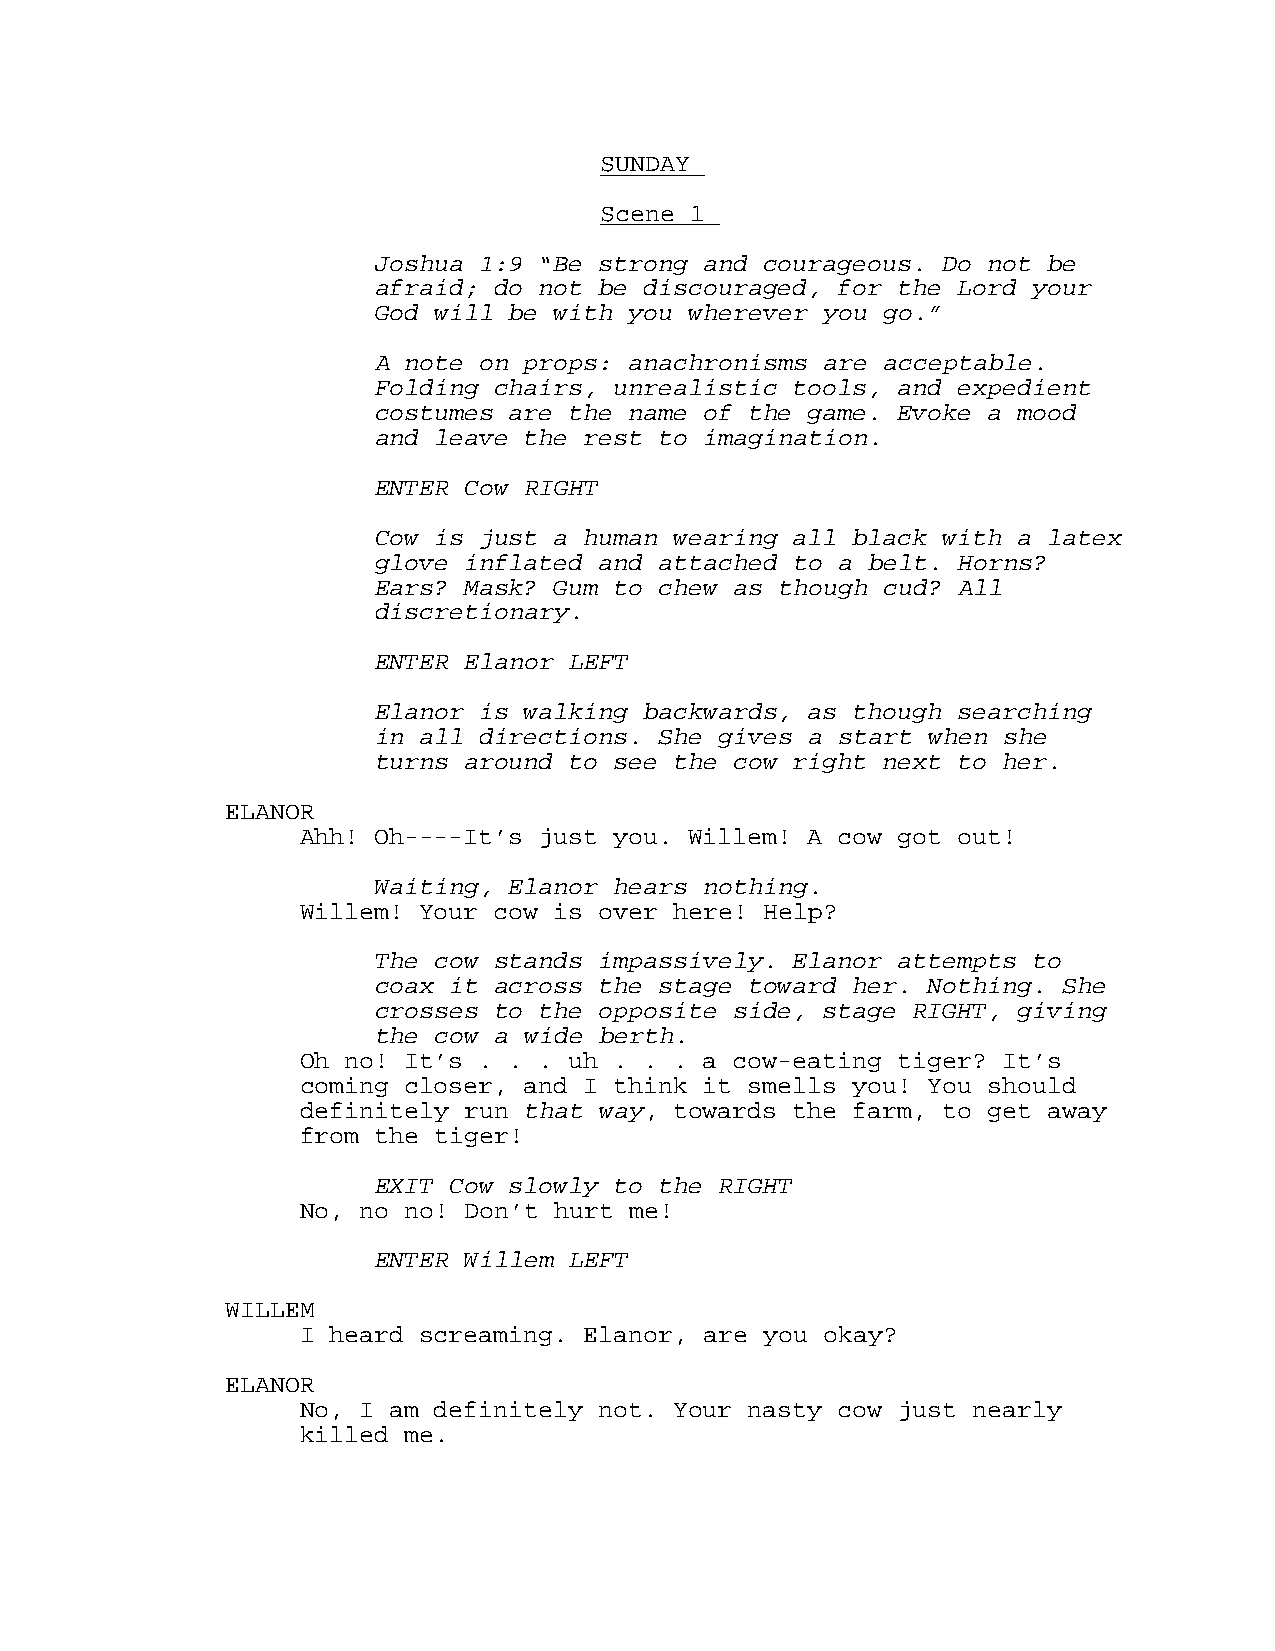
SUNDAY
 Scene 1
 Joshua 1:9 “Be strong and courageous. Do not be
 afraid; do not be discouraged, for the Lord your
 God will be with you wherever you go.”
 A note on props: anachronisms are acceptable.
 Folding chairs, unrealistic tools, and expedient
 costumes are the name of the game. Evoke a mood
 and leave the rest to imagination.
 ENTER Cow RIGHT
 Cow is just a human wearing all black with a latex
 glove inflated and attached to a belt. Horns?
 Ears? Mask? Gum to chew as though cud? All
 discretionary.
 ENTER Elanor LEFT
 Elanor is walking backwards, as though searching
 in all directions. She gives a start when she
 turns around to see the cow right next to her.
 ELANOR
 Ahh! Oh----It’s just you. Willem! A cow got out!
 Waiting, Elanor hears nothing.
 Willem! Your cow is over here! Help?
 The cow stands impassively. Elanor attempts to
 coax it across the stage toward her. Nothing. She
 crosses to the opposite side, stage RIGHT, giving
 the cow a wide berth.
 Oh no! It’s . . . uh . . . a cow-eating tiger? It’s
 coming closer, and I think it smells you! You should
 definitely run that way, towards the farm, to get away
 from the tiger!
 EXIT Cow slowly to the RIGHT
 No, no no! Don’t hurt me!
 ENTER Willem LEFT
 WILLEM
 I heard screaming. Elanor, are you okay?
 ELANOR
 No, I am definitely not. Your nasty cow just nearly
 killed me.